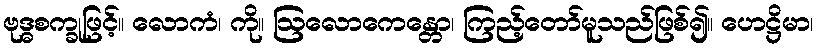
ဗုဒ္ဓစက္ခုဖြင့်။ လောကံ၊ ကို။ ဩလောကေန္တော၊ ကြည့်တော်မူသည်ဖြစ်၍။ ဟေဋ္ဌိမာ၊